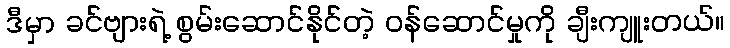
ဒီမှာ ခင်ဗျားရဲ့ စွမ်းဆောင်နိုင်တဲ့ ဝန်ဆောင်မှုကို ချီးကျူးတယ်။